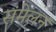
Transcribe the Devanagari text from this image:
संमेलनं